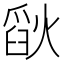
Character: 𪹗